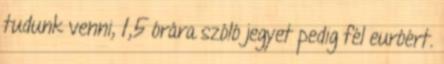
tudunk venni, 1,5 órára szóló jegyet pedig fél euróért.